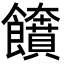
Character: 𩟲